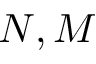
N , M